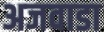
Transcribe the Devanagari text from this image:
अजवाडा